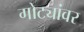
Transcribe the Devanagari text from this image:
गोट्यांवर